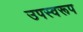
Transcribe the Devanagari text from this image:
उपस्वरूप